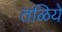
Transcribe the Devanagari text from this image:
तळिये